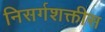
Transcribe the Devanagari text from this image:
निसर्गशक्तीस